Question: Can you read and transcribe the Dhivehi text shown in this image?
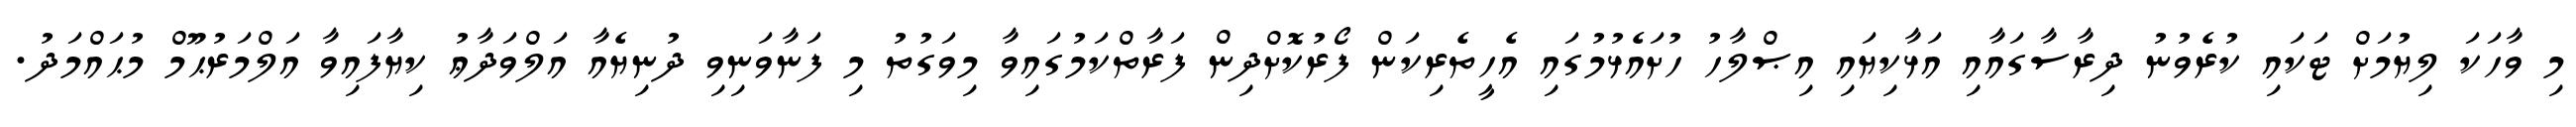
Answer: މި ވާހަކަ ލިޔުމަށް ޓަކައި ކުރެވުނު ދިރާސާގައާއި އަޅާކިޔައި އިޞްލާހު ހުށައެޅުމުގައި އެހީތެރިކަން ފޯރުކޮށްދިން ފަރާތްކަމުގައިވާ މިވަގުތު މި ފަނާވަނިވި ދުނިޔެއާ އަލްވަދާޢު ކިޔާފައިވާ އަލްމަރުޙޫމް މުޙައްމަދު.